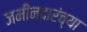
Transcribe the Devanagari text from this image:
जमीनदारंच्या